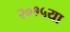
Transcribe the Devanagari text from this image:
२०१५या